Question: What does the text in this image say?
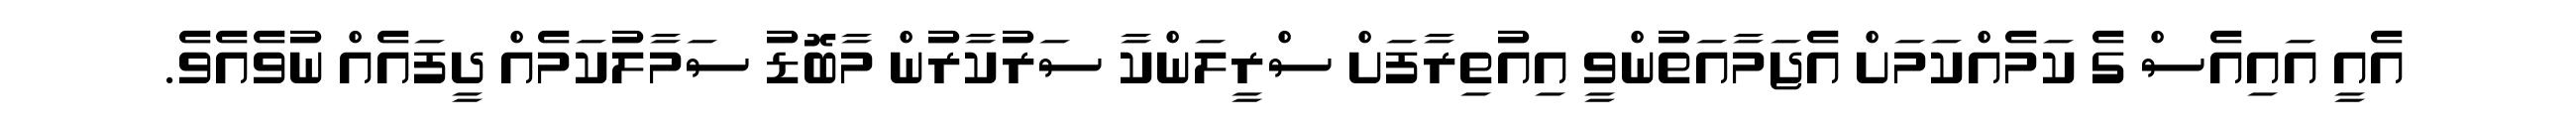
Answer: އެއީ އައިއެސް ގެ ކަމެއްކަމަށް އެޖަމާއަތުންވީ އިއުތިރާފަށް ސްރީލަންކާ ސަރުކާރުން މާބޮޑު ސަމާލުކަމެއް ދީފައެއް ނުވެއެވެ.